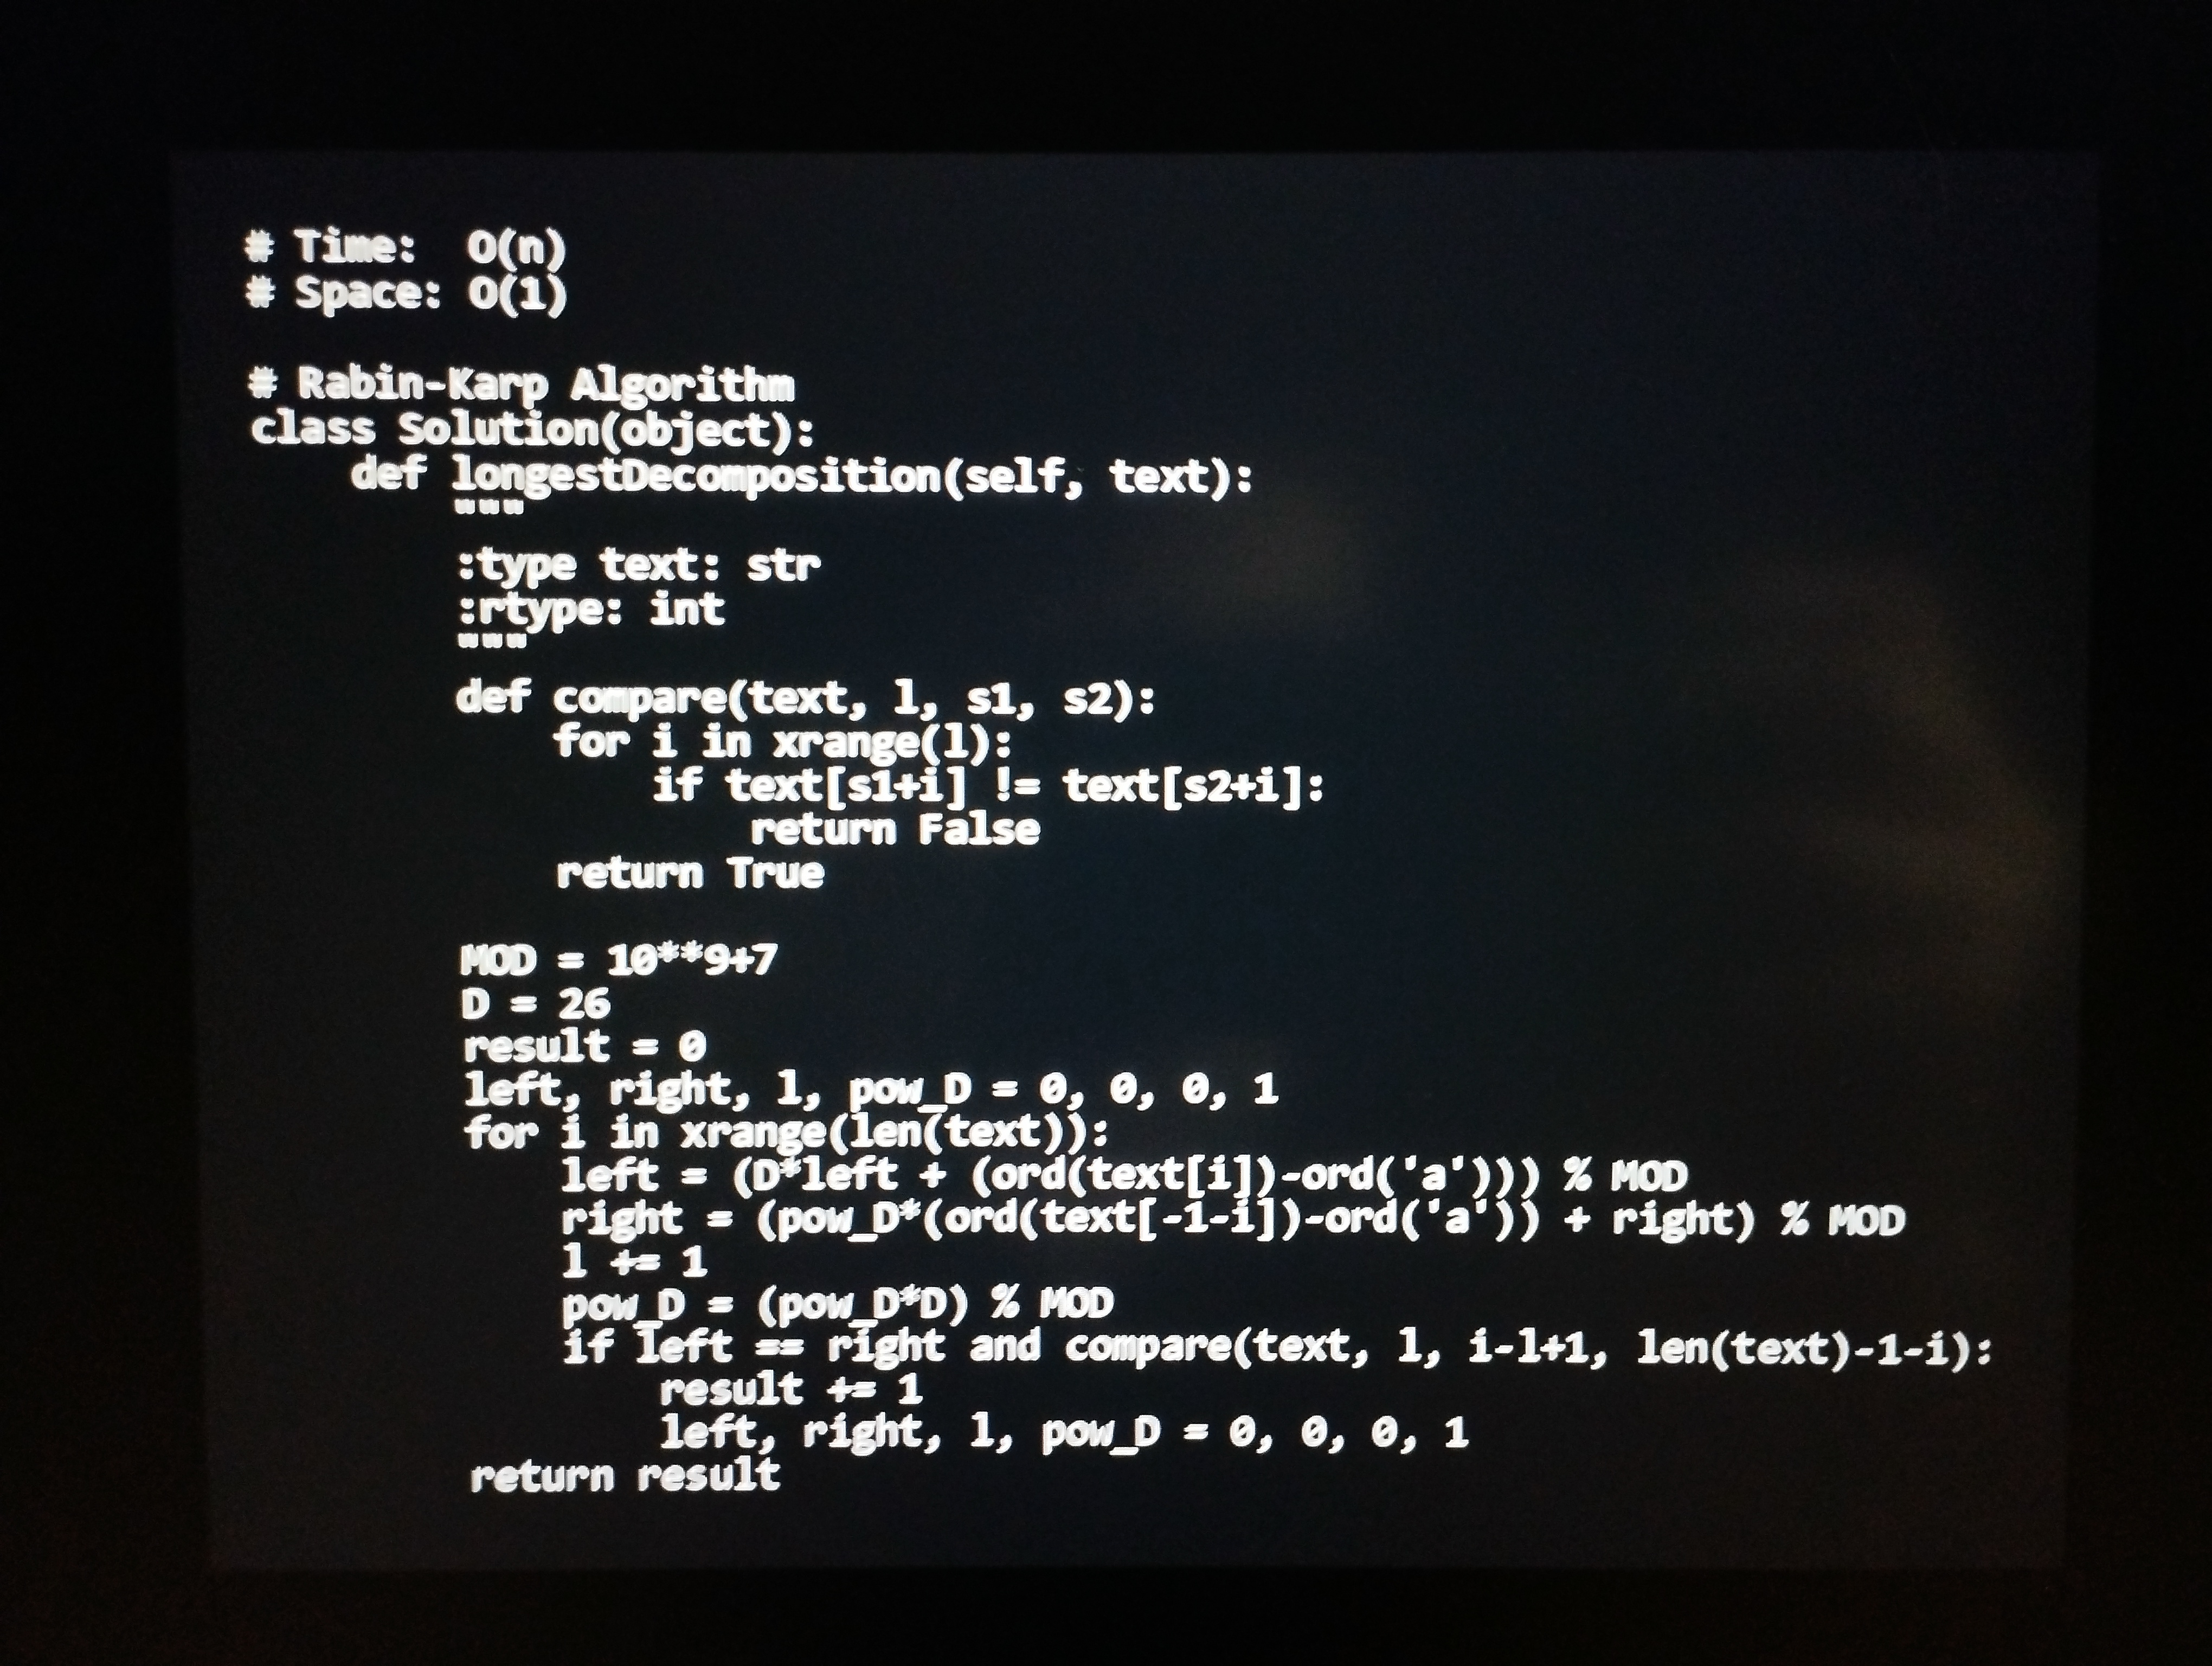
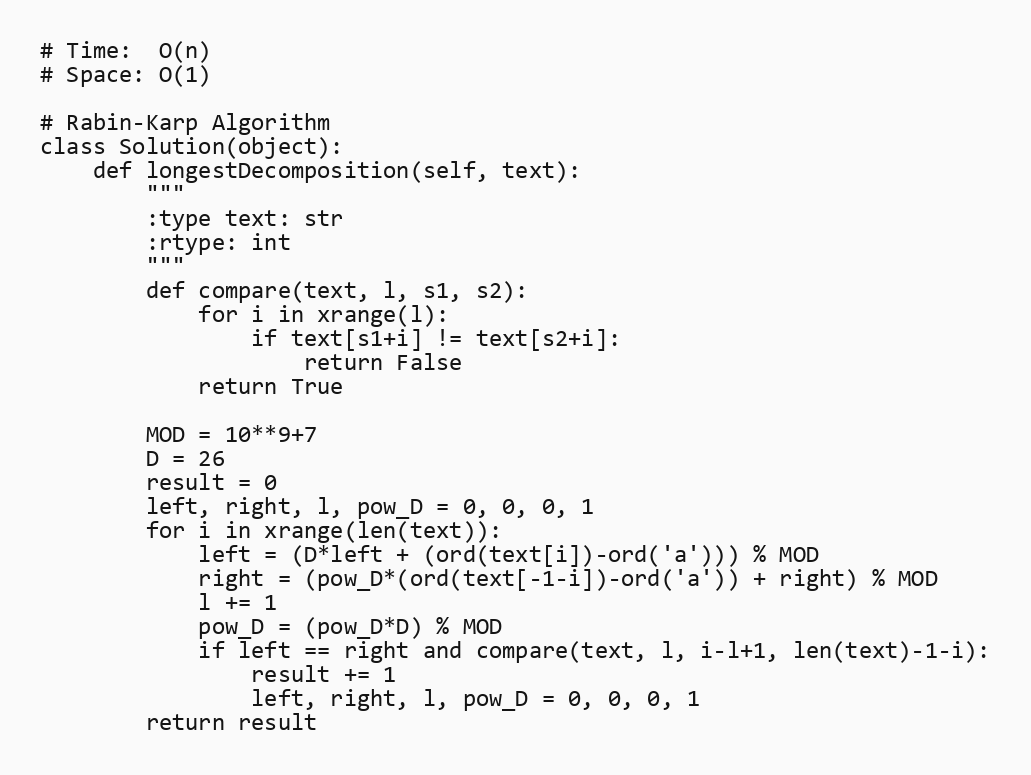
# Time:  O(n)
# Space: O(1)

# Rabin-Karp Algorithm
class Solution(object):
    def longestDecomposition(self, text):
        """
        :type text: str
        :rtype: int
        """
        def compare(text, l, s1, s2):
            for i in xrange(l):
                if text[s1+i] != text[s2+i]:
                    return False
            return True

        MOD = 10**9+7
        D = 26
        result = 0
        left, right, l, pow_D = 0, 0, 0, 1
        for i in xrange(len(text)):
            left = (D*left + (ord(text[i])-ord('a'))) % MOD
            right = (pow_D*(ord(text[-1-i])-ord('a')) + right) % MOD
            l += 1
            pow_D = (pow_D*D) % MOD
            if left == right and compare(text, l, i-l+1, len(text)-1-i):
                result += 1
                left, right, l, pow_D = 0, 0, 0, 1
        return result